Report on vaccination in the Province of Bengal - 1869-1873
Year: 1869
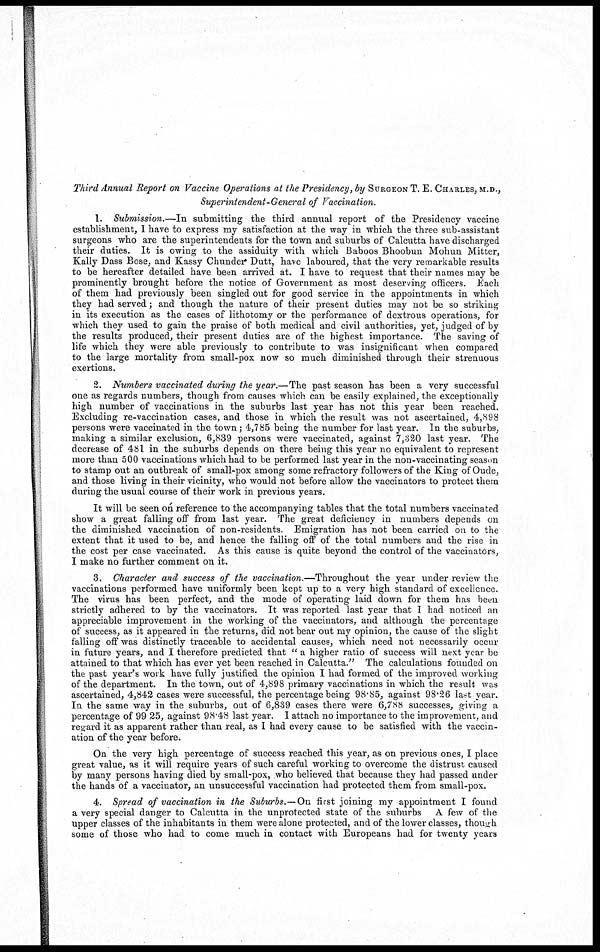
Third Annual Report on Vaccine Operations at the Presidency, by SURGEON T. E. CHARLES, M.D.,
Superintendent-General of Vaccination.
1. Submission.—In submitting the third annual report of the Presidency vaccine
establishment, I have to express my satisfaction at the way in which the three sub-assistant
surgeons who are the superintendents for the town and suburbs of Calcutta have discharged
their duties. It is owing to the assiduity with which Baboos Bhoobun Mohun Mitter,
Kally Dass Bose, and Kassy Chunder Dutt, have laboured, that the very remarkable results
to be hereafter detailed have been arrived at. I have to request that their names may be
prominently brought before the notice of Government as most deserving officers. Each
of them had previously been singled out for good service in the appointments in which
they had served; and though the nature of their present duties may not be so striking
in its execution as the cases of lithotomy or the performance of dextrous operations, for
which they used to gain the praise of both medical and civil authorities, yet, judged of by
the results produced, their present duties are of the highest importance. The saving of
life which they were able previously to contribute to was insignificant when compared
to the large mortality from small-pox now so much diminished through their strenuous
exertions.
2. Numbers vaccinated during the year.—The past season has been a very successful
one as regards numbers, though from causes which can be easily explained, the exceptionally
high number of vaccinations in the suburbs last year has not this year been reached.
Excluding re-vaccination cases, and those in which the result was not ascertained, 4,898
persons were vaccinated in the town; 4,785 being the number for last year. In the suburbs,
making a similar exclusion, 6,839 persons were vaccinated, against 7,320 last year. The
decrease of 481 in the suburbs depends on there being this year no equivalent to represent
more than 500 vaccinations which had to be performed last year in the non-vaccinating season
to stamp out an outbreak of small-pox among some refractory followers of the King of Oude,
and those living in their vicinity, who would not before allow the vaccinators to protect them
during the usual course of their work in previous years.
It will be seen on reference to the accompanying tables that the total numbers vaccinated
show a great falling off from last year. The great deficiency in numbers depends on
the diminished vaccination of non-residents. Emigration has not been carried on to the
extent that it used to be, and hence the falling off of the total numbers and the rise in
the cost per case vaccinated. As this cause is quite beyond the control of the vaccinators,
I make no further comment on it.
3. Character and success of the vaccination.—Throughout the year under review the
vaccinations performed have uniformly been kept up to a very high standard of excellence.
The virus has been perfect, and the mode of operating laid down for them has been
strictly adhered to by the vaccinators. It was reported last year that I had noticed an
appreciable improvement in the working of the vaccinators, and although the percentage
of success, as it appeared in the returns, did not bear out my opinion, the cause of the slight
falling off was distinctly traceable to accidental causes, which need not necessarily occur
in future years, and I therefore predicted that " a higher ratio of success will next year be
attained to that which has ever yet been reached in Calcutta." The calculations founded on
the past year's work have fully justified the opinion I had formed of the improved working
of the department. In the town, out of 4,898 primary vaccinations in which the result was
ascertained, 4,842 cases were successful, the percentage being 98.85, against 98.26 last year.
In the same way in the suburbs, out of 6,839 cases there were 6,788 successes, giving a
percentage of 99 25, against 98.48 last year. I attach no importance to the improvement, and
regard it as apparent rather than real, as I had every cause to be satisfied with the vaccin-
ation of the year before.
On the very high percentage of success reached this year, as on previous ones, I place
great value, as it will require years of such careful working to overcome the distrust caused
by many persons having died by small-pox, who believed that because they had passed under
the hands of a vaccinator, an unsuccessful vaccination had protected them from small-pox.
4. Spread of vaccination in the Suburbs.—On first joining my appointment I found
a very special danger to Calcutta in the unprotected state of the suburbs A few of the
upper classes of the inhabitants in them were alone protected, and of the lower classes, though
some of those who had to come much in contact with Europeans had for twenty years